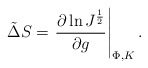
\begin{align*}\tilde\Delta S=\left. {\partial \ln J^{1\over 2}\over \partial g }\right|_{\Phi,K}.\end{align*}